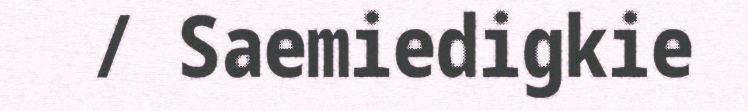
/ Saemiedigkie